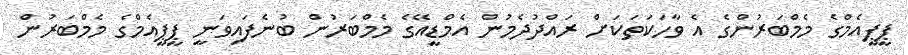
ޕީޕީއެމްގެ މެމްބަރުންގެ އެ ވާހަކަތަކަށް ރައްދުދެމުން އެމްޑީއޭގެ މެމްބަރުން ބުނެފައިވަނީ ޕީޕީއެމްގެ މެމްބަރުން